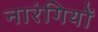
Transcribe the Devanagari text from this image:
नारंगियों